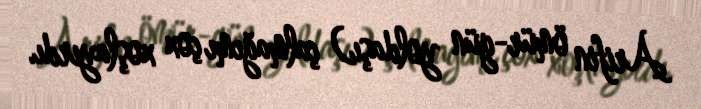
Arifin ömür-gün yoldaşı) çalmağımı çox xoşlayırdı.